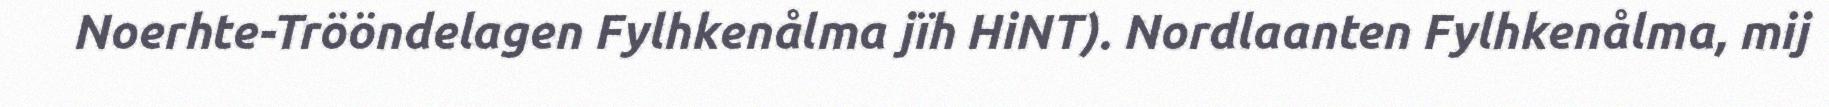
Noerhte-Trööndelagen Fylhkenålma jïh HiNT). Nordlaanten Fylhkenålma, mij